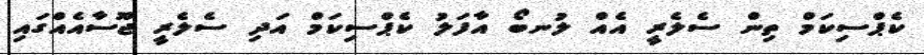
ކެޕްސިކަމް ތިން ސެލެރީ އެއް ލުނބޯ އާފަލު ކެޕްސިކަމް އަދި ސެލެރީ ޖޫސާއެއްގައި